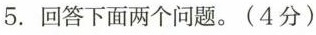
5.回答下面两个问题。(4分)